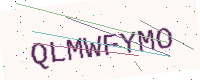
Text: QLMWFYMO